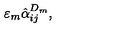
\varepsilon _ { m } \hat { \alpha } _ { i j } ^ { D _ { m } } ,